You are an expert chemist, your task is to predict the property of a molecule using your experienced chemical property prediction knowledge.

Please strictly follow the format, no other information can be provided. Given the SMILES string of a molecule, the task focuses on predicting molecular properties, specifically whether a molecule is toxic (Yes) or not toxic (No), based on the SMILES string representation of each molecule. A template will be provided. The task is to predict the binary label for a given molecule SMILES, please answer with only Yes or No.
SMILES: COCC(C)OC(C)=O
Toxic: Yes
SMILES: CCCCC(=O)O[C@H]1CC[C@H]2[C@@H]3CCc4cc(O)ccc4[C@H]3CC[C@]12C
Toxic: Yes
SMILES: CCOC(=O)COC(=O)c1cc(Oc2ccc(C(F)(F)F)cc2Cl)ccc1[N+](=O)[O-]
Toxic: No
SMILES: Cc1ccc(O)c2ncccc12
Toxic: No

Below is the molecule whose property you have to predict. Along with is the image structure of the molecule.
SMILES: Clc1ccc(C(Cl)(Cl)Cl)c(Cl)c1
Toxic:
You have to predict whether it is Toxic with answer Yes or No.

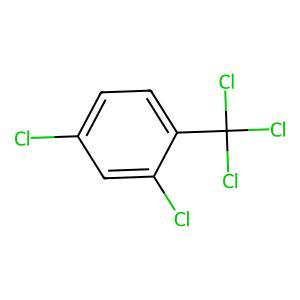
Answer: No